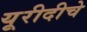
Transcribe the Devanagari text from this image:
यूरीदीचे